Report on horse surra - Volume I
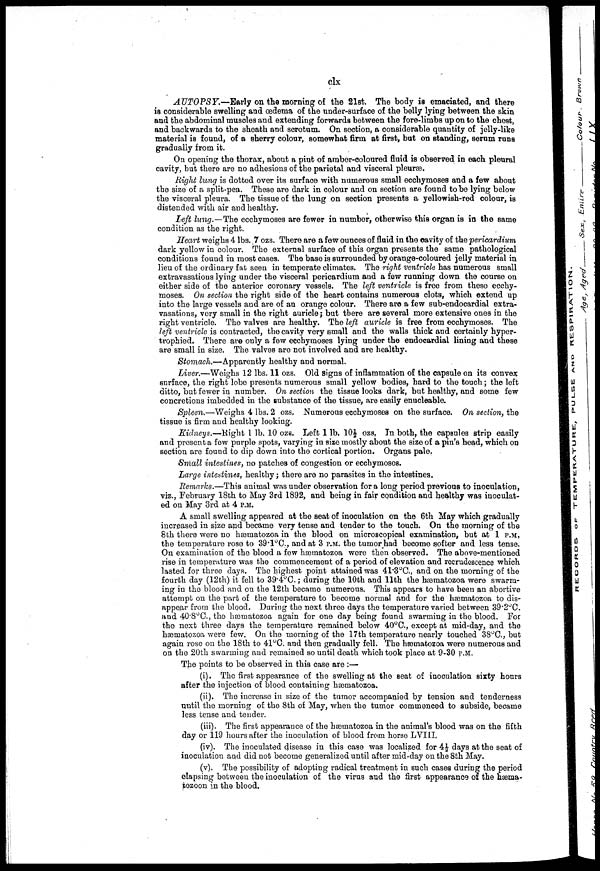
clx
AUTOPSY.-—Early on the morning of the 21st. The body is emaciated, and there
is considerable swelling and œdema of the under-surf ace of the belly lying between the skin
and the abdominal muscles and extending forwards between the fore-limbs up on to the chest,
and backwards to the sheath and scrotum. On section, a considerable quantity of jelly-like
material is found, of a sherry colour, somewhat firm at first, but on standing, serum runs
gradually from it.
On opening the thorax, about a pint of amber-coloured fluid is observed in each pleural
cavity, but there are no adhesions of the parietal and visceral pleuræ.
Right lung is dotted over its surface with numerous small ecchymoses and a few about
the size of a split-pea. These are dark in colour and on section are found to be lying below
the visceral pleura. The tissue of the lung on section presents a yellowish-red colour, is
distended with air and healthy.
Left lung.—The ecchymoses are fewer in number, otherwise this organ is in the same
condition as the right.
Heart weighs 4 lbs. .7 ozs. There are a few ounces of fluid in the cavity of the pericardium
dark yellow in colour. The external surface of this organ presents the same pathological
conditions found in most cases. The base is surrounded by orange-coloured jelly material in
lieu of the ordinary fat seen in temperate climates. The right ventricle has numerous small
extravasations lying under the visceral pericardium and a few running down the course on
either side of the anterior coronary vessels. The left ventricle is free from these ecchy-
moses. On section the right side of the heart contains numerous clots, which extend up
into the large vessels and are of an orange colour. There are a few eub-endocardial extra-
vasations, very small in the right auricle; but there are several more extensive ones in the
right ventricle. The valves are healthy. The left auricle is free from ecchymoses. The
left ventricle is contracted, the cavity very small and the walls thick and certainly hyper-
trophied. There are only a few ecchymoses lying under the endocardial lining and these
are small in size. The valves are not involved and are healthy.
Stomach.—Apparently healthy and normal.
Liver.—Weighs 12 lbs. 11 ozs. Old signs of inflammation of the capsule on its convex
surface, the right lobe presents numerous small yellow bodies, hard to the touch; the left
ditto, but fewer in number. On section the tissue looks dark, but healthy, and some few
concretions imbedded in the substance of the tissue, are easily enucleable.
Spleen.—Weighs 4 lbs. 2 ozs, Numerous ecchymoses on the surface. On section, the
tissue is firm and healthy looking.
Kidneys.—Right 1 lb. 10 ozs. Left 1 lb. 10½ ozs, In both, the capsules strip easily
and present a few purple spots, varying in size mostly about the size of a pin's head, which on
section are found to dip down into the cortical portion. Organs pale.
Small intestines, no patches of congestion or ecchymoses.
Large intestines, healthy; there are no parasites in the intestines.
Remarks.—This animal was under observation for a long period previous to inoculation,
viz., February 18th to May 3rd 1892, and being in fair condition and healthy was inoculat-
ed on May 3rd at 4 P.M.
A small swelling appeared at the seat of inoculation on the 6th May which gradually
increased in size and became very tense and tender to the touch. On the morning of the
8th there were no hæmatozoa in the blood on microscopical examination, but at 1 p.m,
the temperature rose to 39.1°C., and at 3 P.M. the tumor had become softer and less tense.
On examination of the blood a few hæmatozoa were then observed. The above-mentioned
rise in temperature was the commencement of a period of elevation and recrudescence which
lasted for three days. The highest point attained was 41.3°C., and on the morning of the
fourth day (12th) it fell to 39.4°C.; during the 10th and 11th the hæmatozoa were swarm-
ing in the blood and on the 12th became numerous. This appears to have been an abortive
attempt on the part of the temperature to become normal and for the hæmatozoa to dis-
appear from the bipod. During the next three days the temperature varied between 39.2°C.
and 40.8°C., the hæmatozoa again for one day being found swarming in the blood. For
the next three days the temperature remained below 40°C., except at mid-day, and the
hæmatozoa were few. On the morning of the 17th temperature nearly touched 38°C, but
again rose on the 18th to 41°C. and then gradually fell. The hæmatozoa were numerous and
on the 20th swarming and remained so until death which took place at 9-30 P.M.
The points to be observed in this case are :—
(i). The first appearance of the swelling at the seat of inoculation sixty hours
after the injection of blood containing hæmatozoa.
(ii). The increase in size of the tumor accompanied by tension and tenderness
until the morning of the 8th of May, when the tumor commenced to subside, became
less tense and tender.
(iii). The first appearance of the hæmatozoa in the animal's blood was on the fifth
day or 119 hours after the inoculation of blood from horse LVI1I.
(iv). The inoculated disease in this case was localized for 4 ½ days at the seat of
inoculation and did not become generalized until after mid-day on the 8th May.
(v). The possibility of adopting radical treatment in such cases during the period
elapsing between the inoculation of the virus and the first appearance of the hæma-
jozoon in the blood.